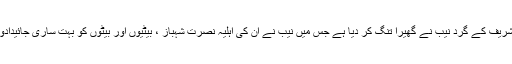
معروف صحافی کہا مزید کہنا تھا کہ شہباز شریف کے گرد نیب نے گھیرا تنگ کر دیا ہے جس میں نیب نے ان کی اہلیہ نصرت شہباز ، بیٹیوں اور بیٹوں کو بہت ساری جائیدادوں اور منی لانڈرنگ کیس میں طلب کیا ہے ۔